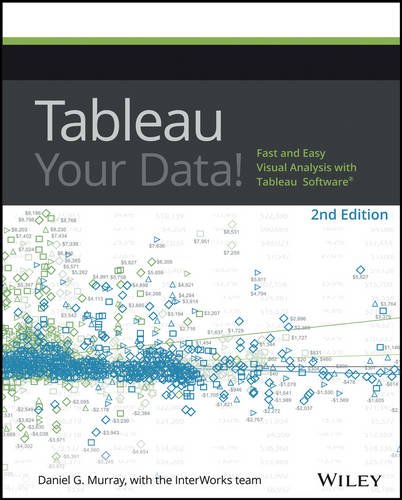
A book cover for Tableau Your Data!: Fast and Easy Visual Analysis with Tableau Software; Dan Murray; Computers & Technology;